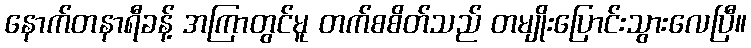
နောက်တနာရီခန့် အကြာတွင်မူ တက်စစိတ်သည် တမျိုးပြောင်းသွားလေပြီ။